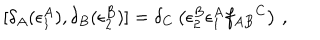
LaTeX: [ \delta _ { A } ( \epsilon _ { 1 } ^ { A } ) , \delta _ { B } ( \epsilon _ { 2 } ^ { B } ) ] = \delta _ { C } \left( \epsilon _ { 2 } ^ { B } \epsilon _ { 1 } ^ { A } f _ { A B } { } ^ { C } \right) \, ,